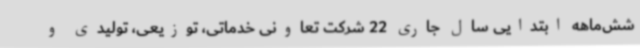
شش‌ماهه ابتدایی سال جاری 22 شرکت تعاونی خدماتی، توزیعی، تولیدی و